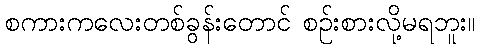
စကားကလေးတစ်ခွန်းတောင် စဉ်းစားလို့မရဘူး။